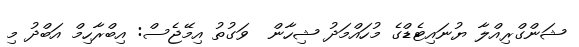
ޝަންގްރިއްލާ ޔުނައިޓެޑްގެ މުހައްމަދު ޝިހާން  ވަގުތު އިމޭޖެސް: އިބްރާހިމް އަބްދު މި